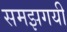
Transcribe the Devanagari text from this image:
समझगयी